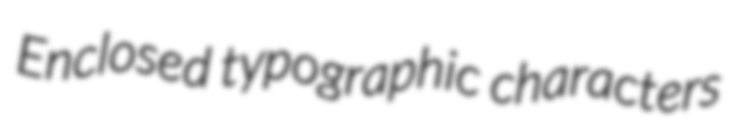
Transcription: Enclosed typographic characters